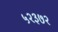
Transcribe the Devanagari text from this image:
५२३७२